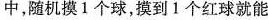
中，随机摸1个球，摸到1个红球就能